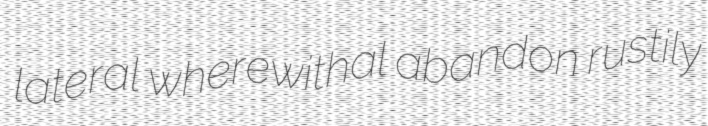
lateral wherewithal abandon rustily